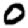
Digit: 0